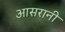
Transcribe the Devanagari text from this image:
आसरानी